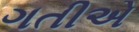
ગતીએ